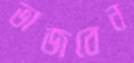
ভাজবেন